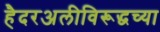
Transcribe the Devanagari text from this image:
हैदरअलीविरूद्धच्या